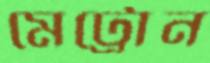
মেট্রোন